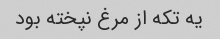
یه تکه از مرغ نپخته بود